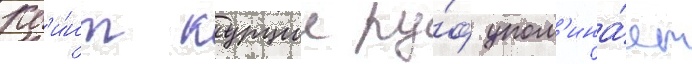
Кв'и́нт курции ру́ф упом'ина́ет